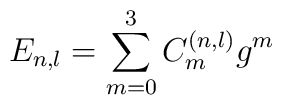
E_{n,l}=\sum_{m=0}^{3}C_{m}^{\left( n,l\right) }g^{m}